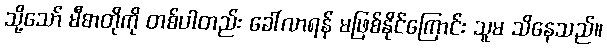
သို့သော် မီစာတိုကို တစ်ပါတည်း ခေါ်လာရန် မဖြစ်နိုင်ကြောင်း သူမ သိနေသည်။